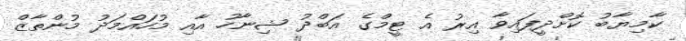
ކާމިޔާބު ކޮށްދީފައިވާ އިރު އެ ޓީމްގެ އަބްދު ޝިނާހު އާއި މުހައްމަދު މުންތާޒް